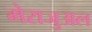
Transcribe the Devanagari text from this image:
मेराजुअल